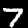
Label: 7